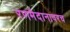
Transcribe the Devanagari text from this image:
रणमैदानावरच